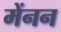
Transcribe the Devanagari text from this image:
मेंनन